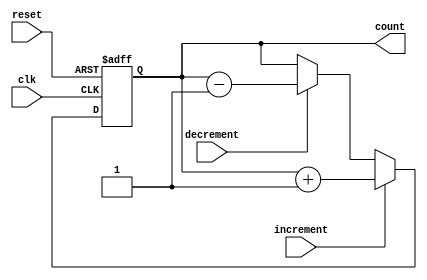
module bidirectional_gray_counter (
    input clk,
    input reset,
    input increment,
    input decrement,
    output reg[3:0] count
);

always @(posedge clk or posedge reset) begin
    if (reset) begin
        count <= 4'b0000;
    end else if (increment) begin
        count <= count + 1;
    end else if (decrement) begin
        count <= count - 1;
    end
end

endmodule